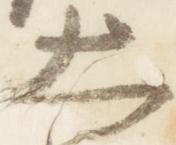
大